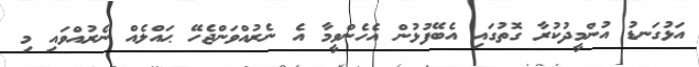
އަޅުގަނޑު އުންމީދުކުރާ ގޮތުގައި އެބޭފުޅުން އެހެންވީމާ އެ ނެރުއްވަންޖެހޭ ޙައްލެއް ނެރުއްވައި މި